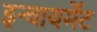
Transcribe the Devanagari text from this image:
इन्वायर्मेंट